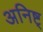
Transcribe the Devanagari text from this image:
अनिष्ट्